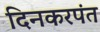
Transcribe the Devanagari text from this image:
दिनकरपंत